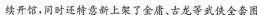
续开馆，同时还特意新上架了金庸，古龙等武侠全套图